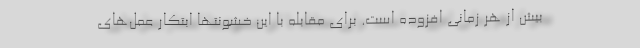
بیش از هر زمانی افزوده است. برای مقابله با این خشونتها ابتکار عمل‌های